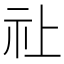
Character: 𮁞